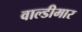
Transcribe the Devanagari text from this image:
वाल्डीमार